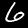
Digit: 6